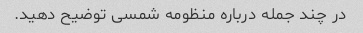
در چند جمله درباره منظومه شمسی توضیح دهید.